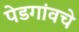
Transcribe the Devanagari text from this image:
पेडगांवचे